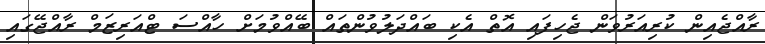
ރާއްޖެއިން ކުރިއަރުވަން ޖެހިފައި އޮތް އެކި ބައްދަލުވުންތައް ބޭއްވުމަށް ހާއްސަ ޓްއަރިޒަމް ރާއްޖޭގައި